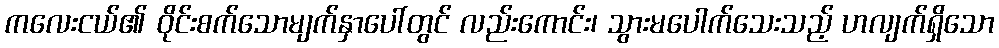
ကလေးငယ်၏ ဝိုင်းစက်သောမျက်နှာပေါ်တွင် လည်းကောင်း၊ သွားမပေါက်သေးသည့် ဟလျက်ရှိသော